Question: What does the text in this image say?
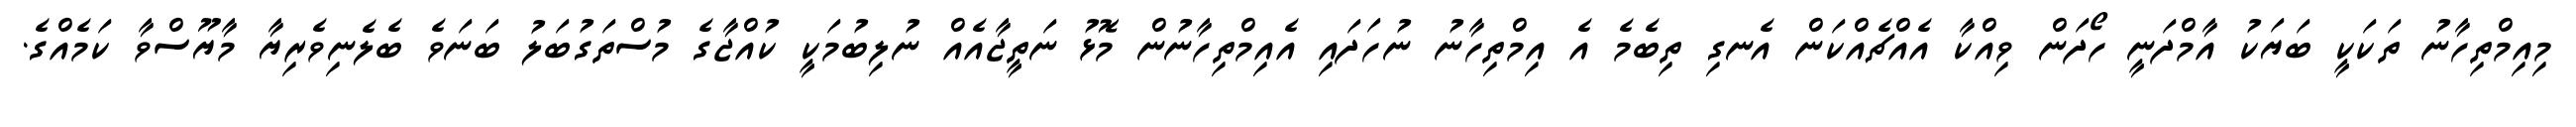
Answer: މިއިމްތިހާނު ތަކަކީ ބަޔަކު އާމްދަނީ ހޯދަން ވިއްކާ އެއްޗެއްކަން އެނގި ތިބެމެ އެ އިމްތިހާނު ނުހަދައި އެއިމްތިހާނުން މޮޅު ނަތީޖާއެއް ނުލިބުމަކީ ކުއްޖާގެ މުސްތަގުބަލު ބަނަވެ ބެލެނިވެރިޔާ މާޔޫސްވާ ކަމެއްގެ.